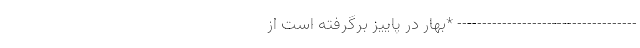
------------------------------------ *بهار در پاییز برگرفته است از